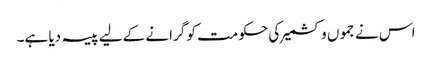
اس نے جموں و کشمیر کی حکومت کو گرانے کے لیے پیسہ دیا ہے۔